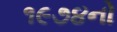
૧૯૭૪નો